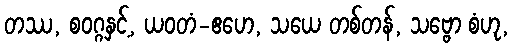
တဿ, စဝဂ္ဂနှင့်, ယဝတံ-ဧဟေ, သယေ တစ်တန်, သဗ္ဗော စံဟု,